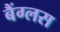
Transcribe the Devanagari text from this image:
बैंग्लस